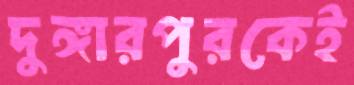
দুঙ্গারপুরকেই